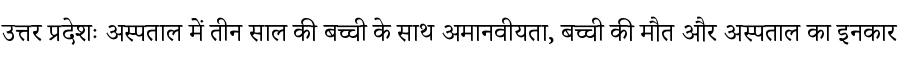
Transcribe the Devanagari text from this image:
उत्तर प्रदेशः अस्पताल में तीन साल की बच्ची के साथ अमानवीयता, बच्ची की मौत और अस्पताल का इनकार